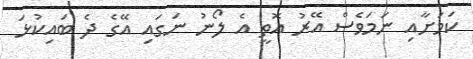
ކަމަށާއި ނަމަވެސް އޭރު އޮތީ އެ ލޯނު ނަގައި އޭގެ ދެ ބައިކުޅަ